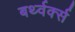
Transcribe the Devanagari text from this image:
बर्थ्वर्क्स